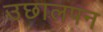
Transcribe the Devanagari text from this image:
उछालपन